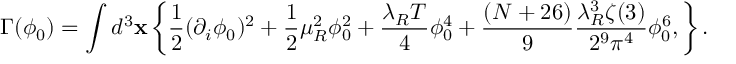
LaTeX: \Gamma ( \phi _ { 0 } ) = \int d ^ { 3 } { \bf x } \left\{ \frac { 1 } { 2 } ( \partial _ { i } \phi _ { 0 } ) ^ { 2 } + \frac { 1 } { 2 } \mu _ { R } ^ { 2 } \phi _ { 0 } ^ { 2 } + \frac { \lambda _ { R } T } { 4 } \phi _ { 0 } ^ { 4 } + \frac { ( N + 2 6 ) } { 9 } \frac { \lambda _ { R } ^ { 3 } \zeta ( 3 ) } { 2 ^ { 9 } \pi ^ { 4 } } \phi _ { 0 } ^ { 6 } , \right\} .